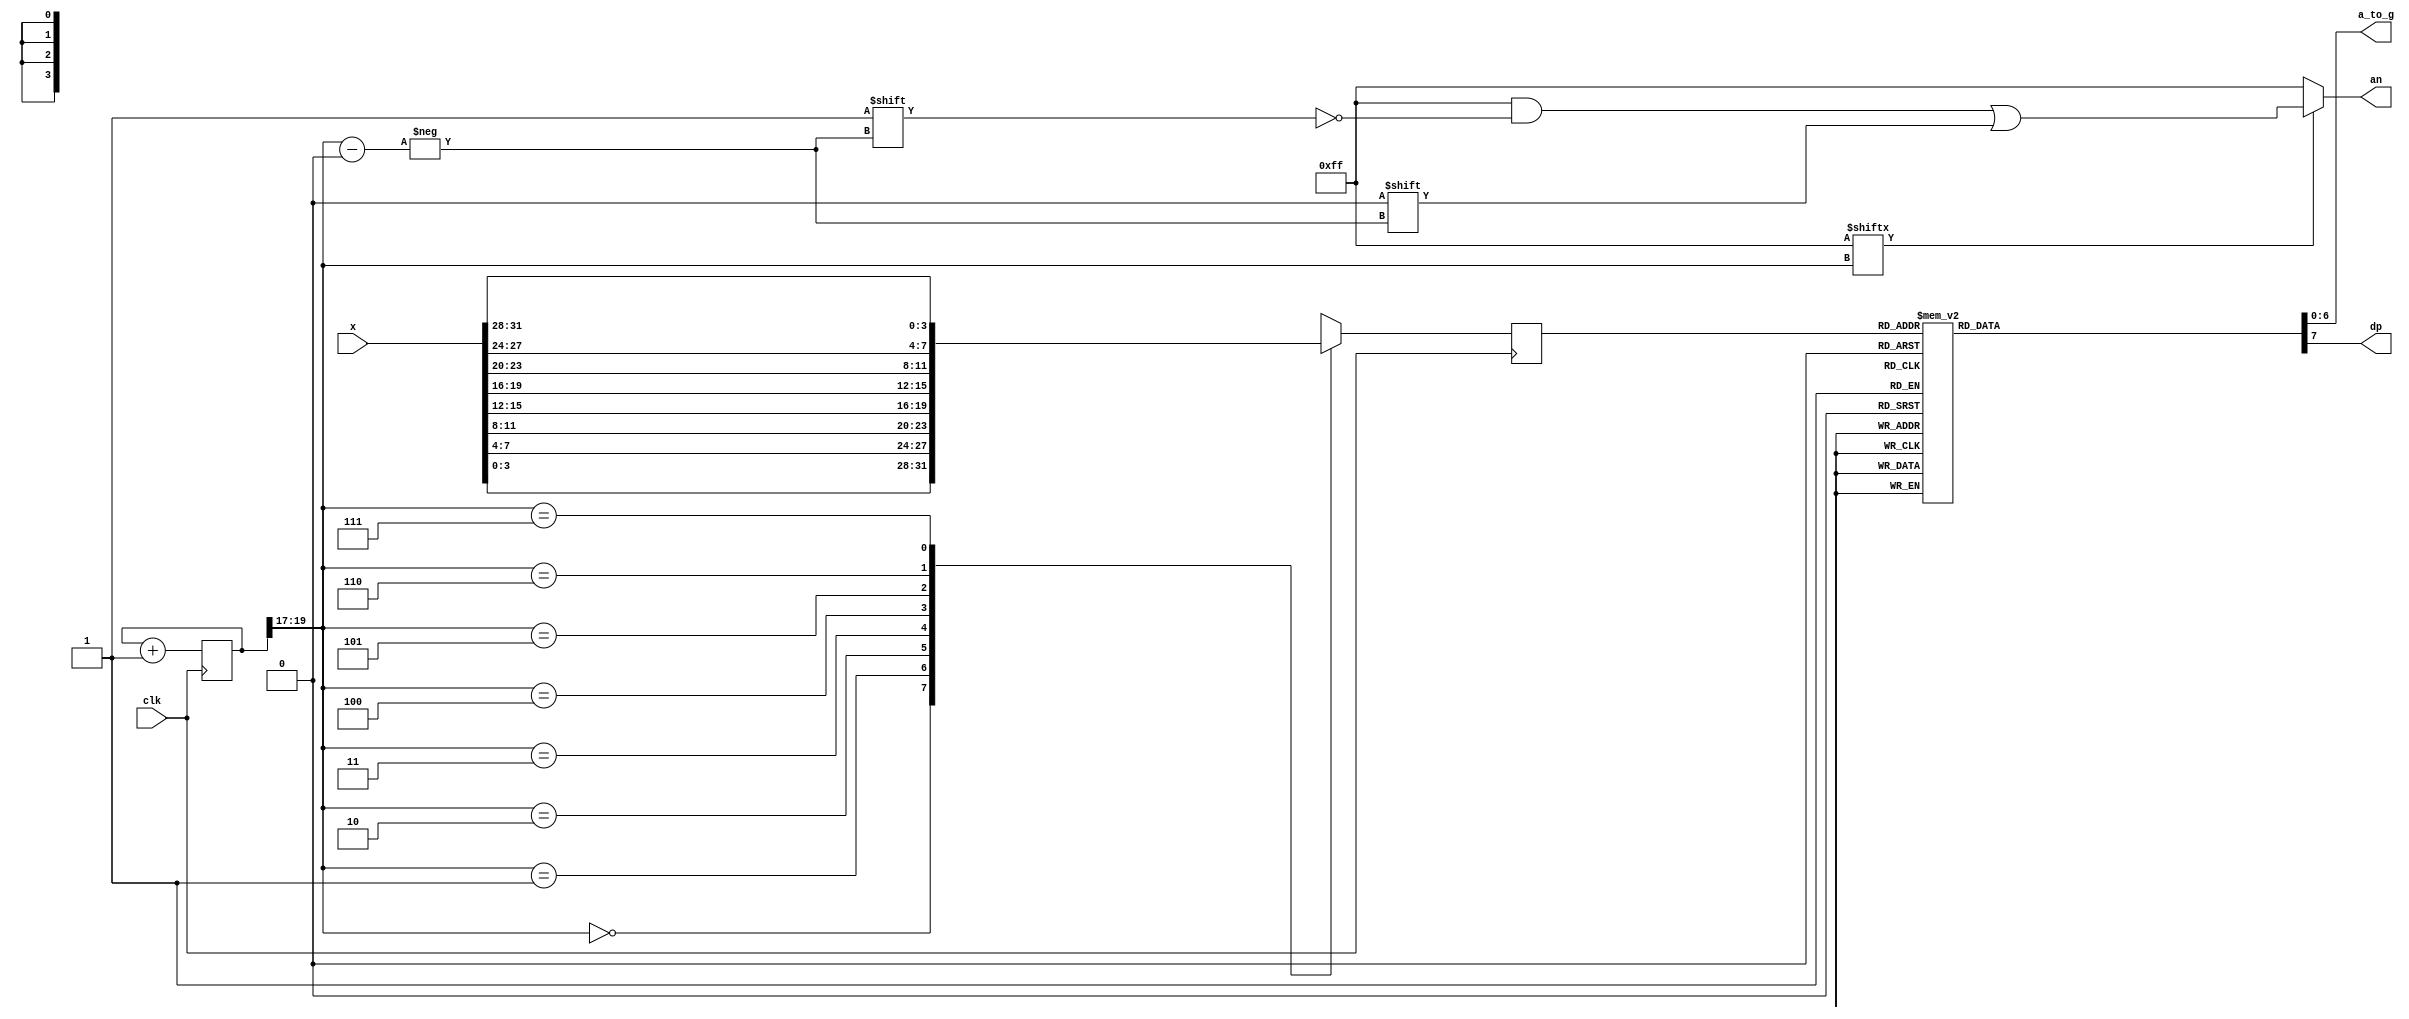
`timescale 1ns / 1ps
//////////////////////////////////////////////////////////////////////////////////
// Company: 
// Engineer: 
// 
// Design Name: 
// Module Name:    seg7decimal 
// Project Name: 
// Target Devices: 
// Tool versions: 
// Description: 
//
// Dependencies: 
//
// Revision: 
// Revision 0.01 - File Created
// Additional Comments: 
//
//////////////////////////////////////////////////////////////////////////////////
module seg7decimal(

	input [31:0] x,
    input clk,
    output reg [6:0] a_to_g,
    output reg [7:0] an,
    output reg dp 
	 );
	 
	 
wire [2:0] s;	 
reg [3:0] digit;
wire [7:0] aen;
reg [19:0] clkdiv;

assign s = clkdiv[19:17];
assign aen = 8'b11111111; // all turned off initially

// quad 4to1 MUX.


always @(posedge clk)// or posedge clr)
	
	case(s)
	0:digit = x[3:0]; // s is 00 -->0 ;  digit gets assigned 4 bit value assigned to x[3:0]
	1:digit = x[7:4]; // s is 01 -->1 ;  digit gets assigned 4 bit value assigned to x[7:4]
	2:digit = x[11:8]; // s is 10 -->2 ;  digit gets assigned 4 bit value assigned to x[11:8
	3:digit = x[15:12]; // s is 11 -->3 ;  digit gets assigned 4 bit value assigned to x[15:12]
	4:digit = x[19:16];
	5:digit = x[23:20];
	6:digit = x[27:24];
	7:digit = x[31:28];
	default:digit = x[3:0];
	
	endcase
	
	//decoder or truth-table for 7a_to_g display values
	always @(*)

case(digit)


//////////<---MSB-LSB<---
//////////////gfedcba////////////////////////////////////////////              a
0:begin
    a_to_g = 7'b1000000;
    dp = 1;
    end
1:begin
    a_to_g = 7'b1111001;
    dp = 1;
    end
2:begin
    a_to_g = 7'b0100100;
    dp = 1;
    end
3:begin
    a_to_g = 7'b0110000;
    dp = 1;
    end
4:begin
    a_to_g = 7'b0011001;
    dp = 1;
    end
5:begin
    a_to_g = 7'b0010010;
    dp = 1;
    end
6:begin
    a_to_g = 7'b0000010;
    dp = 1;
    end
7:begin
    a_to_g = 7'b1111000;
    dp = 1;
    end
8:begin
    a_to_g = 7'b0000000;
    dp = 1;
    end
9:begin
    a_to_g = 7'b0010000;
    dp = 1;
    end

'hA:begin
    a_to_g = 7'b0001000;
    dp = 0;
    end
'hB:begin
    a_to_g = 7'b0000011;
    dp = 0;
    end
'hC:begin
    a_to_g = 7'b1000110;
    dp = 0;
    end
'hD:begin
    a_to_g = 7'b0100001;
    dp = 0;
    end
'hE:begin
    a_to_g = 7'b0000110;
    dp = 0;
    end
'hF:begin
    a_to_g = 7'b0000100;
    dp = 0;
    end

default: a_to_g = 7'b0000000; // U

endcase


always @(*)begin
an=8'b11111111;
if(aen[s] == 1)
an[s] = 0;
end


//clkdiv

always @(posedge clk) begin
clkdiv <= clkdiv+1;
end


endmodule